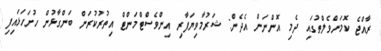
ރާއްޖެ ކޮމަންވެލްތުގައި ދެމި އޮންނަން އެދެން: ޝަރުމާވިޔަފާރި އިންވެސްޓްމަންޓް އިތުރުކުރަން ބަންގާޅުން ހުށަހަޅައިފި